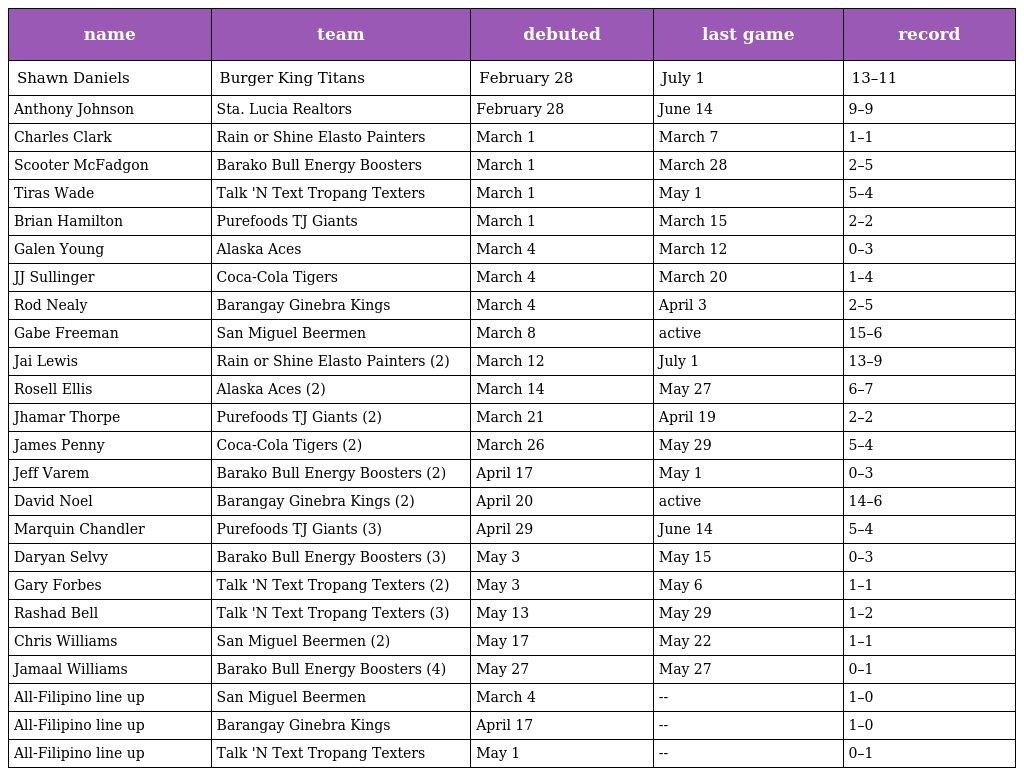
| name | team | debuted | last game | record |
 | --- | --- | --- | --- | --- |
 | Shawn Daniels | Burger King Titans | February 28 | July 1 | 13–11 |
 | Anthony Johnson | Sta. Lucia Realtors | February 28 | June 14 | 9–9 |
 | Charles Clark | Rain or Shine Elasto Painters | March 1 | March 7 | 1–1 |
 | Scooter McFadgon | Barako Bull Energy Boosters | March 1 | March 28 | 2–5 |
 | Tiras Wade | Talk 'N Text Tropang Texters | March 1 | May 1 | 5–4 |
 | Brian Hamilton | Purefoods TJ Giants | March 1 | March 15 | 2–2 |
 | Galen Young | Alaska Aces | March 4 | March 12 | 0–3 |
 | JJ Sullinger | Coca-Cola Tigers | March 4 | March 20 | 1–4 |
 | Rod Nealy | Barangay Ginebra Kings | March 4 | April 3 | 2–5 |
 | Gabe Freeman | San Miguel Beermen | March 8 | active | 15–6 |
 | Jai Lewis | Rain or Shine Elasto Painters (2) | March 12 | July 1 | 13–9 |
 | Rosell Ellis | Alaska Aces (2) | March 14 | May 27 | 6–7 |
 | Jhamar Thorpe | Purefoods TJ Giants (2) | March 21 | April 19 | 2–2 |
 | James Penny | Coca-Cola Tigers (2) | March 26 | May 29 | 5–4 |
 | Jeff Varem | Barako Bull Energy Boosters (2) | April 17 | May 1 | 0–3 |
 | David Noel | Barangay Ginebra Kings (2) | April 20 | active | 14–6 |
 | Marquin Chandler | Purefoods TJ Giants (3) | April 29 | June 14 | 5–4 |
 | Daryan Selvy | Barako Bull Energy Boosters (3) | May 3 | May 15 | 0–3 |
 | Gary Forbes | Talk 'N Text Tropang Texters (2) | May 3 | May 6 | 1–1 |
 | Rashad Bell | Talk 'N Text Tropang Texters (3) | May 13 | May 29 | 1–2 |
 | Chris Williams | San Miguel Beermen (2) | May 17 | May 22 | 1–1 |
 | Jamaal Williams | Barako Bull Energy Boosters (4) | May 27 | May 27 | 0–1 |
 | All-Filipino line up | San Miguel Beermen | March 4 | -- | 1–0 |
 | All-Filipino line up | Barangay Ginebra Kings | April 17 | -- | 1–0 |
 | All-Filipino line up | Talk 'N Text Tropang Texters | May 1 | -- | 0–1 |